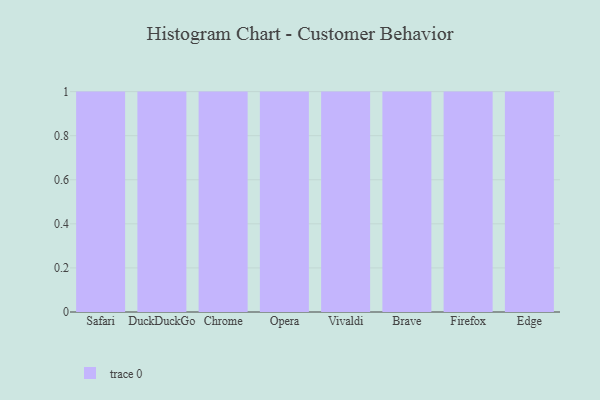
{"axis": {"x": "Browser", "y": "Page Views"}, "legend": [""], "data": [{"x": "Safari", "y": 68, "type": ""}, {"x": "DuckDuckGo", "y": 42, "type": ""}, {"x": "Chrome", "y": 5, "type": ""}, {"x": "Opera", "y": 98, "type": ""}, {"x": "Vivaldi", "y": 11, "type": ""}, {"x": "Brave", "y": 80, "type": ""}, {"x": "Firefox", "y": 42, "type": ""}, {"x": "Edge", "y": 97, "type": ""}]}